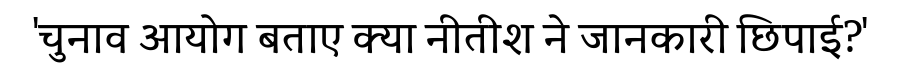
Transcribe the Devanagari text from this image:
'चुनाव आयोग बताए क्या नीतीश ने जानकारी छिपाई?'